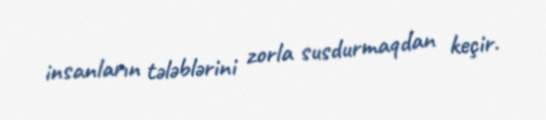
insanların tələblərini zorla susdurmaqdan keçir.